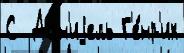
С  Дан'иjель Г'е́нр'их